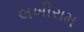
લખીરામ